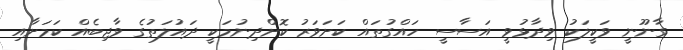
ގާނޫނީ ވަކީލަކު ވިދާޅުވީ އަސާސީ ހައްގުތައް ކަށަވަރު ކޮށްދިނުމަކީ ދައުލަތުގެ ވާޖިބެއް ކަމަށާއި